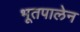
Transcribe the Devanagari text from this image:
भूतपालेन